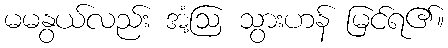
မမနွယ်လည်း အံ့ဩ သွားဟန် မြင်ရ၏။